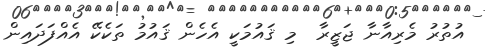
އުތުރު މެރިއާނާ ޖަޒީރާ  މި ޤައުމަކީ އެހެން ޤައުމު ތަކެކޭ އެއްފަދައިން